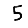
Digit: 5